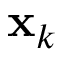
\mathbf { x } _ { k }